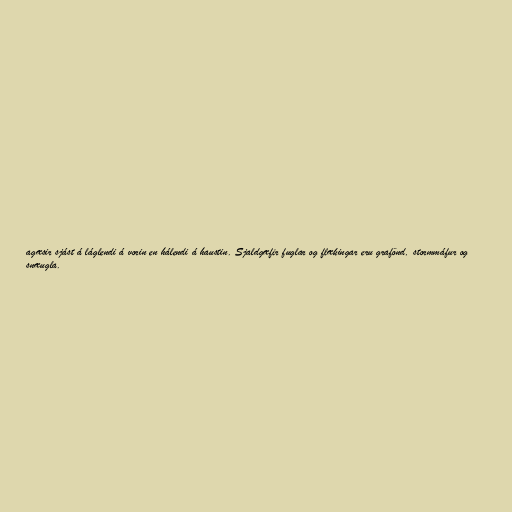
agæsir sjást á láglendi á vorin en hálendi á haustin. Sjaldgæfir fuglar og flækingar eru grafönd, stormmáfur og
snæugla.